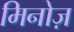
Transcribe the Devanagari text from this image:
मिनोज़